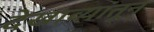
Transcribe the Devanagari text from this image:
देखाव्यांतून